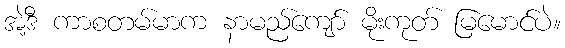
အဲ့ဒီ ကာစတမ်မာက နာမည်ကျော် မိုးကုတ် မြမောင်ပဲ။